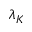
\lambda _ { K }